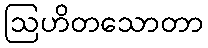
ဩဟိတသောတာ